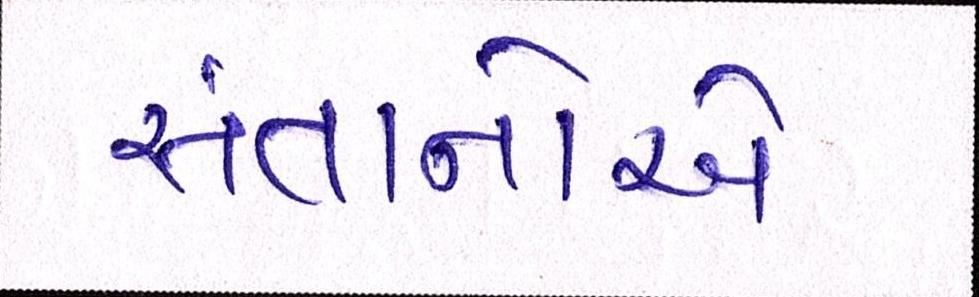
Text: સંતાનોએ